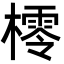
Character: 㯪